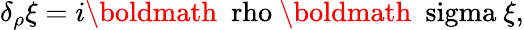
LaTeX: \delta_{\rho}\xi=i\mathrm{\boldmath~\ rho~}\mathrm{\boldmath~\ sigma~}\xi,